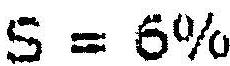
S = 6%